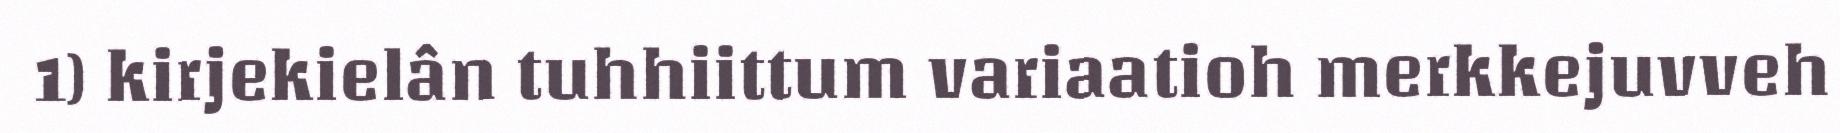
1) kirjekielân tuhhiittum variaatioh merkkejuvveh